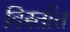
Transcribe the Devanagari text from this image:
विस्तॉत